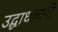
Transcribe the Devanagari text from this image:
उद्घाधाटनी